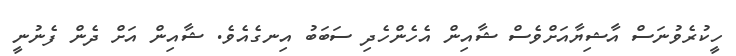
ހީކުރެވުނަސް އާޝިޔާއަށްވެސް ޝާއިން އެހެންހެދި ސަބަބު އިނގެއެވެ. ޝާއިން އަށް ދެން ފެނުނީ